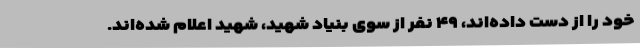
خود را از دست داده‌اند، ۴۹ نفر از سوی بنیاد شهید، شهید اعلام شده‌اند.